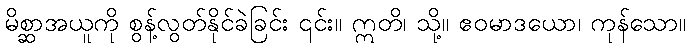
မိစ္ဆာအယူကို စွန့်လွတ်နိုင်ခဲခြင်း ၎င်း။ ဣတိ၊ သို့။ ဧဝမာဒယော၊ ကုန်သော။